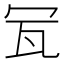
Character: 𤬦